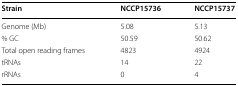
<table><thead><tr><td><b>Strain</b></td><td><b>NCCP15736</b></td><td><b>NCCP15737</b></td></tr></thead><tbody><tr><td>Genome (Mb)</td><td>5.08</td><td>5.13</td></tr><tr><td>% GC</td><td>50.59</td><td>50.62</td></tr><tr><td>Total open reading frames</td><td>4823</td><td>4924</td></tr><tr><td>tRNAs</td><td>14</td><td>22</td></tr><tr><td>rRNAs</td><td>0</td><td>4</td></tr></tbody></table>